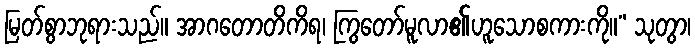
မြတ်စွာဘုရားသည်။ အာဂတောတိကိရ၊ ကြွတော်မူလာ၏ဟူသောစကားကို။” သုတွာ၊